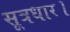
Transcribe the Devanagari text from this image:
सूत्रधार।